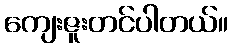
ကျေးဇူးတင်ပါတယ်။